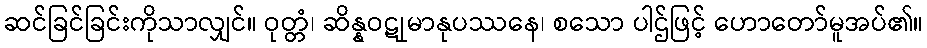
ဆင်ခြင်ခြင်းကိုသာလျှင်။ ဝုတ္တံ၊ ဆိန္နဝဋုမာနုပဿနေ၊ စသော ပါဌ်ဖြင့် ဟောတော်မူအပ်၏။